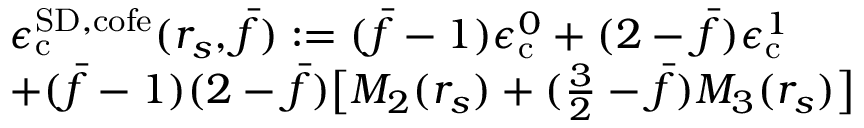
\begin{array} { r l } & { \epsilon _ { \mathrm { c } } ^ { { \mathrm { S D } } , \mathrm { c o f e } } ( r _ { s } , \bar { f } ) : = ( \bar { f } - 1 ) \epsilon _ { \mathrm { c } } ^ { 0 } + ( 2 - \bar { f } ) \epsilon _ { \mathrm { c } } ^ { 1 } } \\ & { + ( \bar { f } - 1 ) ( 2 - \bar { f } ) \big [ M _ { 2 } ( r _ { s } ) + ( \frac 3 2 - \bar { f } ) M _ { 3 } ( r _ { s } ) \big ] } \end{array}